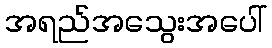
အရည်အသွေးအပေါ်